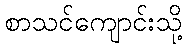
စာသင်ကျောင်းသို့